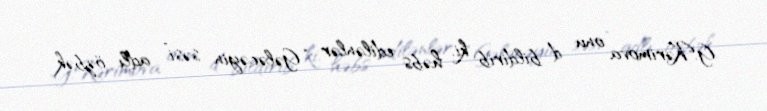
G.Kərimova onu d bildirib ki, həbs edilənlər “Gələcəyin səsi” adlı özbək